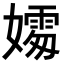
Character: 𪦦